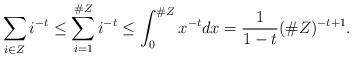
LaTeX: \begin{align*}\sum_{i \in Z} i^{-t} \leq \sum_{i =1}^{\#Z} i^{-t} \leq \int_0^{\#Z} x^{-t} dx = \frac{1}{1-t}(\#Z)^{-t+1}.\end{align*}